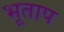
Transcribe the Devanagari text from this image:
भूताप